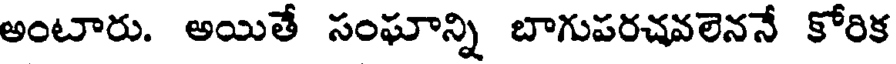
అంటారు. అయితే సంఘాన్ని బాగుపరచవలెననే కోరిక